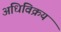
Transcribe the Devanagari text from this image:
अधिविक्रय